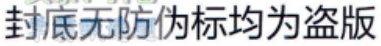
封底无防伪标均为盗版